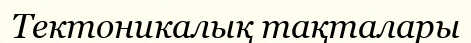
Тектоникалық тақталары